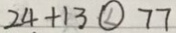
2 4 + 1 3 \textcircled { < } 7 7